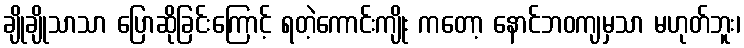
ချိုချိုသာသာ ပြောဆိုခြင်းကြောင့် ရတဲ့ကောင်းကျိုး ကတော့ နောင်ဘဝကျမှသာ မဟုတ်ဘူး၊